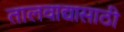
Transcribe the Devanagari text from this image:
तालवाद्यासाठी